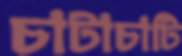
চাটাচাটি